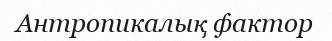
Антропикалық фактор